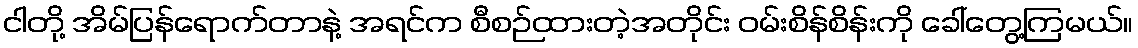
ငါတို့ အိမ်ပြန်ရောက်တာနဲ့ အရင်က စီစဉ်ထားတဲ့အတိုင်း ဝမ်းစိန်စိန်းကို ခေါ်တွေ့ကြမယ်။